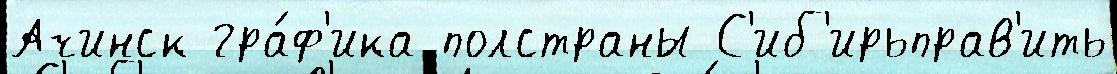
Ачинск гра́ф'ика полстраны С'иб'ирьправ'ить